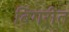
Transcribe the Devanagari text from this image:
बिगरीत